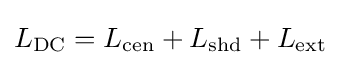
L_{\text{DC}}=L_{\text{cen}}+L_{\text{shd}}+L_{\text{ext}}